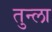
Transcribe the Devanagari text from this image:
तुन्ला